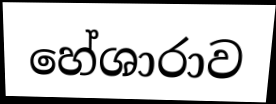
හේශාරාව